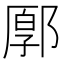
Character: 𨜸